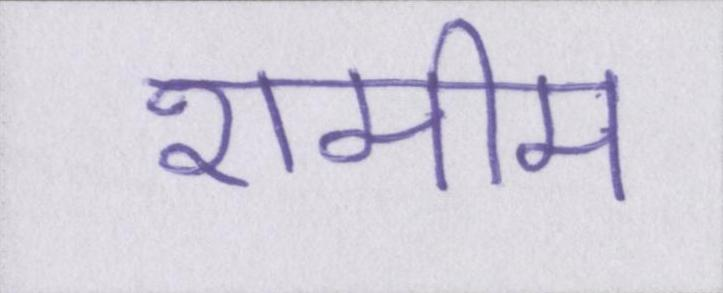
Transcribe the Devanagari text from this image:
शमीम